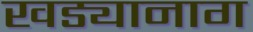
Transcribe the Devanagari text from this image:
खड्यानाग